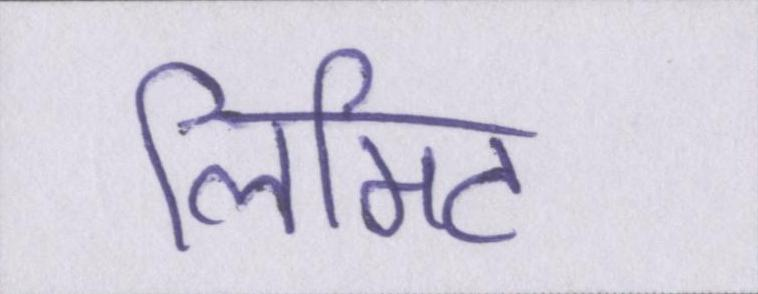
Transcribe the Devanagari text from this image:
लिमिट